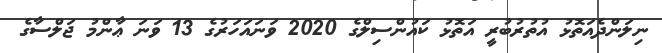
ނިލަންދެއަތޮޅު އުތުރުބުރީ އަތޮޅު ކައުންސިލްގެ 2020 ވަނައަހަރުގެ 13 ވަނަ ޢާންމު ޖަލްސާގެ